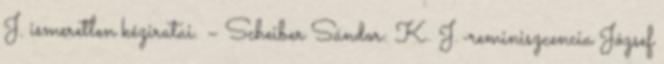
J. ismeretlen kéziratai. – Scheiber Sándor: K. J.-reminiszcencia József